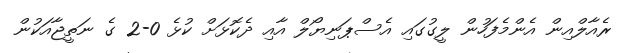
ރެއާލްއިން އެންމެފަހުން ލީގުގައި އެސްޕަނިޔޯލް އާއި ދެކޮޅަށް ކުޅެ 0-2 ގެ ނަތީޖާއަކުން